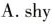
A.shy